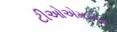
ટીઓએમએસ